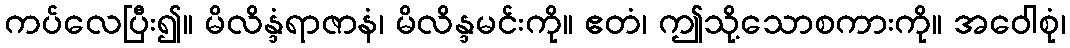
ကပ်လေပြီး၍။ မိလိန္ဒံရာဇာနံ၊ မိလိန္ဒမင်းကို။ ဧတံ၊ ဤသို့သောစကားကို။ အဝေါစုံ၊